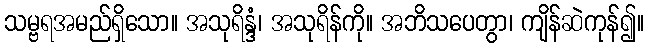
သမ္ဗရအမည်ရှိသော။ အသုရိန္ဒံ၊ အသုရိန်ကို။ အဘိသပေတွာ၊ ကျိန်ဆဲကုန်၍။